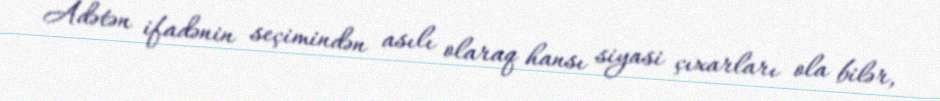
Adətən ifadənin seçimindən asılı olaraq hansı siyasi çıxarları ola bilər,